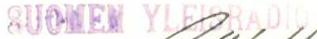
SUOMEN YLEISRADIO